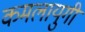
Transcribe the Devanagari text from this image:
कमलायुगी